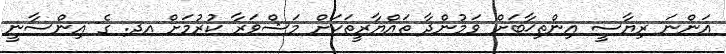
އަންނަ ރިޔާސީ އިންތިޚާބަށް ވަމުންދާ ތައްޔާރީތަކަށް މަޝްވަރާ ކުރުމަށް އދ. ގެ އިންސާނީ